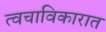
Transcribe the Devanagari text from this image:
त्वचाविकारात